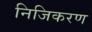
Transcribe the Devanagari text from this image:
निजिकरण